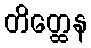
တိတ္ထေန